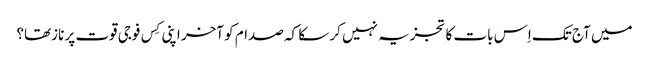
میں آج تک اِس بات کا تجزیہ نہیں کر سکا کہ صدام کو آخر اپنی کِس فوجی قوت پر نازتھا؟